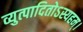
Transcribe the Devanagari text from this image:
व्युत्पादितोऽस्यहम्‌।